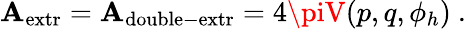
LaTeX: \mathbf{A}_{\mathrm{{extr}}}=\mathbf{A}_{\mathrm{{double-extr}}}=4\piV(p,q,\phi_{h})\ .